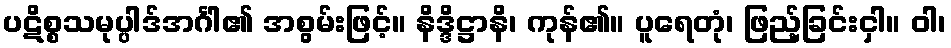
ပဋိစ္စသမုပ္ပါဒ်အင်္ဂါ၏ အစွမ်းဖြင့်။ နိဒ္ဒိဋ္ဌာနိ၊ ကုန်၏။ ပူရေတုံ၊ ဖြည့်ခြင်းငှါ။ ဝါ၊